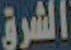
الشرق